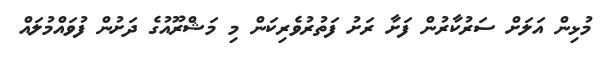
މުޅިން އަލަށް ސަރުކާރުން ފަށާ ރަށު ފަތުރުވެރިކަން މި މަޝްރޫއުގެ ދަށުން ފުވައްމުލައް